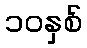
၁၀နှစ်